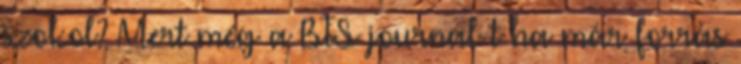
szokol? Mert még a BTS journal-t ha már forrás